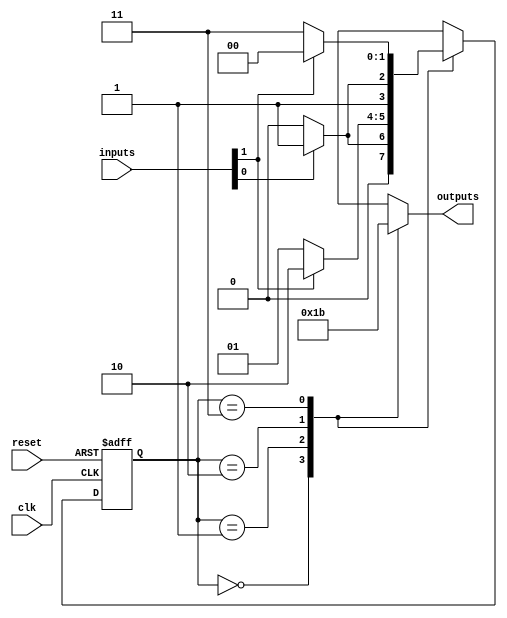
module ParameterizedStateMachine #(
    parameter NUM_STATES = 4,      // Number of states
    parameter NUM_INPUTS = 2,      // Number of inputs
    parameter NUM_OUTPUTS = 2       // Number of outputs
)(
    input wire clk,                 // Clock signal
    input wire reset,               // Reset signal
    input wire [NUM_INPUTS-1:0] inputs, // Input signals
    output reg [NUM_OUTPUTS-1:0] outputs // Output signals
);

    // State encoding
    reg [$clog2(NUM_STATES)-1:0] current_state, next_state;

    // State definitions
    localparam STATE_0 = 2'b00;
    localparam STATE_1 = 2'b01;
    localparam STATE_2 = 2'b10;
    localparam STATE_3 = 2'b11;

    // State transition logic
    always @(*) begin
        case (current_state)
            STATE_0: begin
                if (inputs[0]) next_state = STATE_1;
                else next_state = STATE_0;
            end
            STATE_1: begin
                if (inputs[1]) next_state = STATE_2;
                else next_state = STATE_1;
            end
            STATE_2: begin
                if (inputs[0]) next_state = STATE_3;
                else next_state = STATE_2;
            end
            STATE_3: begin
                if (inputs[1]) next_state = STATE_0;
                else next_state = STATE_3;
            end
            default: next_state = STATE_0; // Default state
        endcase
    end

    // Output logic
    always @(*) begin
        case (current_state)
            STATE_0: outputs = 2'b00;
            STATE_1: outputs = 2'b01;
            STATE_2: outputs = 2'b10;
            STATE_3: outputs = 2'b11;
            default: outputs = 2'b00; // Default output
        endcase
    end

    // Sequential logic for state update
    always @(posedge clk or posedge reset) begin
        if (reset) begin
            current_state <= STATE_0; // Reset to initial state
        end else begin
            current_state <= next_state; // Update state
        end
    end

endmodule